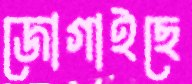
জোগাইছে